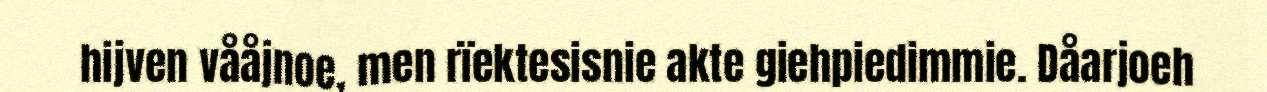
hijven vååjnoe, men rïektesisnie akte giehpiedimmie. Dåarjoeh